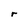
Character: r